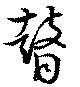
瞽